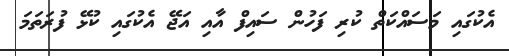
އެކުގައި މަސައްކަތް ކުރި ފަހުން ސައިފް އާއި އަޖޭ އެކުގައި ކުޅޭ ފުރަތަމަ